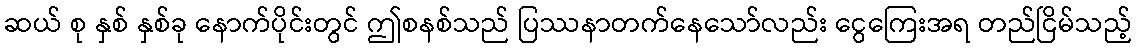
ဆယ် စု နှစ် နှစ်ခု နောက်ပိုင်းတွင် ဤစနစ်သည် ပြဿနာတက်နေသော်လည်း ငွေကြေးအရ တည်ငြိမ်သည့်